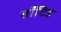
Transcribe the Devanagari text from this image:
वाँटिड